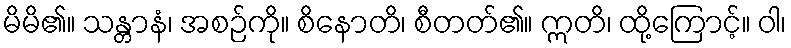
မိမိ၏။ သန္တာနံ၊ အစဉ်ကို။ စိနောတိ၊ စီတတ်၏။ ဣတိ၊ ထို့ကြောင့်။ ဝါ၊